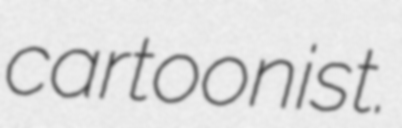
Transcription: cartoonist.